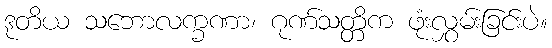
ဒုတိယ သဘောလက္ခဏာ၊ ဂုဏ်သတ္တိက ဖုံးလွှမ်းခြင်းပဲ။